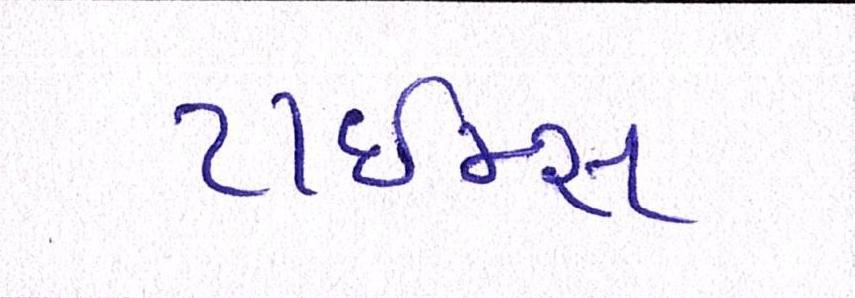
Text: ટાઈમ્સ